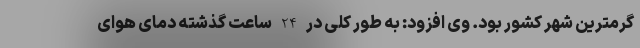
گرمترین شهر کشور بود. وی افزود: به طور کلی در 24 ساعت گذشته دمای هوای